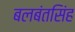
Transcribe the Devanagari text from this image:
बलबंतसिंह